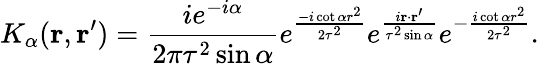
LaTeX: K_{\alpha}(\textbf{r},\textbf{r}^{\prime})=\frac{ie^{-i\alpha}}{2\pi\tau^{2}\sin\alpha}e^{\frac{-i\cot\alpha r^{2}}{2\tau^{2}}}e^{\frac{i\textbf{r}\cdot\textbf{r}^{\prime}}{\tau^{2}\sin\alpha}}e^{-\frac{i\cot\alpha r^{2}}{2\tau^{2}}}.